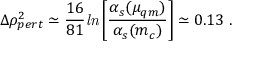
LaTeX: \Delta \rho _ { p e r t } ^ { 2 } \simeq \frac { 1 6 } { 8 1 } { \it l n } \left[ \frac { \alpha _ { s } ( \mu _ { q m } ) } { \alpha _ { s } ( m _ { c } ) } \right] \simeq 0 . 1 3 ~ .